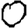
Digit: 0